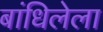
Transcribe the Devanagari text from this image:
बांधिलेला